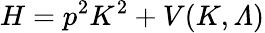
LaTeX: H=p^{2}K^{2}+V(K,{\mit\Lambda})